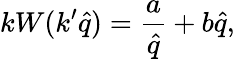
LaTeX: kW(k^{\prime}\hat{q})=\frac{a}{\hat{q}}+b\hat{q},